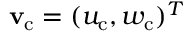
{ \mathbf { v } _ { \mathrm { c } } } = ( u _ { \mathrm { c } } , w _ { \mathrm { c } } ) ^ { T }